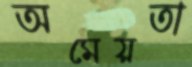
অমেয়তা